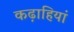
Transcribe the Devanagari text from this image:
कढ़ाहियां